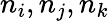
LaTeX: n_{i},n_{j},n_{k}